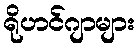
ရိုဟင်ဂျာများ